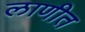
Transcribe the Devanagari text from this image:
लाणीत